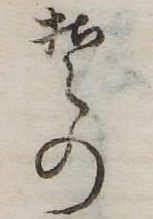
その